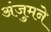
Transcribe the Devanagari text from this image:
अंजुमने